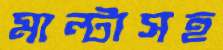
মাল্টাসহ